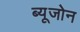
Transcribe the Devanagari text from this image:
ब्यूजोन